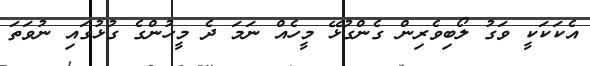
އެކަކަކީ ވަގު ލޯބިވެރިން ގެންގުޅޭ މީހެއް ނަމަ ދެ މީހުންގެ ގުޅުގައި ނުވަތަ